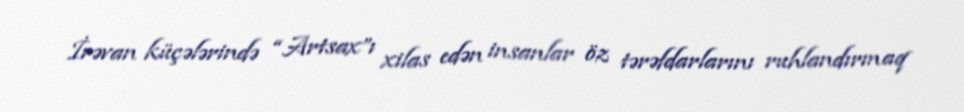
İrəvan küçələrində “Artsax”ı xilas edən insanlar öz tərəfdarlarını ruhlandırmaq